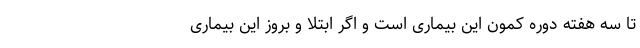
تا سه هفته دوره کمون این بیماری است و اگر ابتلا و بروز این بیماری